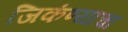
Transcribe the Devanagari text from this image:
जिकंण्याचा